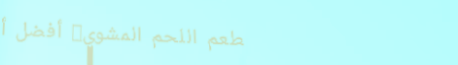
مطعم اللحم المشوي: أفضل أ